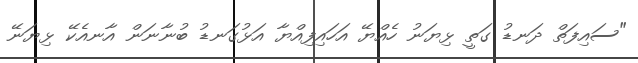
"ސައިފަތް ދަނޑު ގަތީ ޅިޔަނު ހެއްޔޭ އަހައިފިއްޔާ އަޅުގަނޑު ބުނާނަން އާނއެކޭ ޅިޔަނޭ